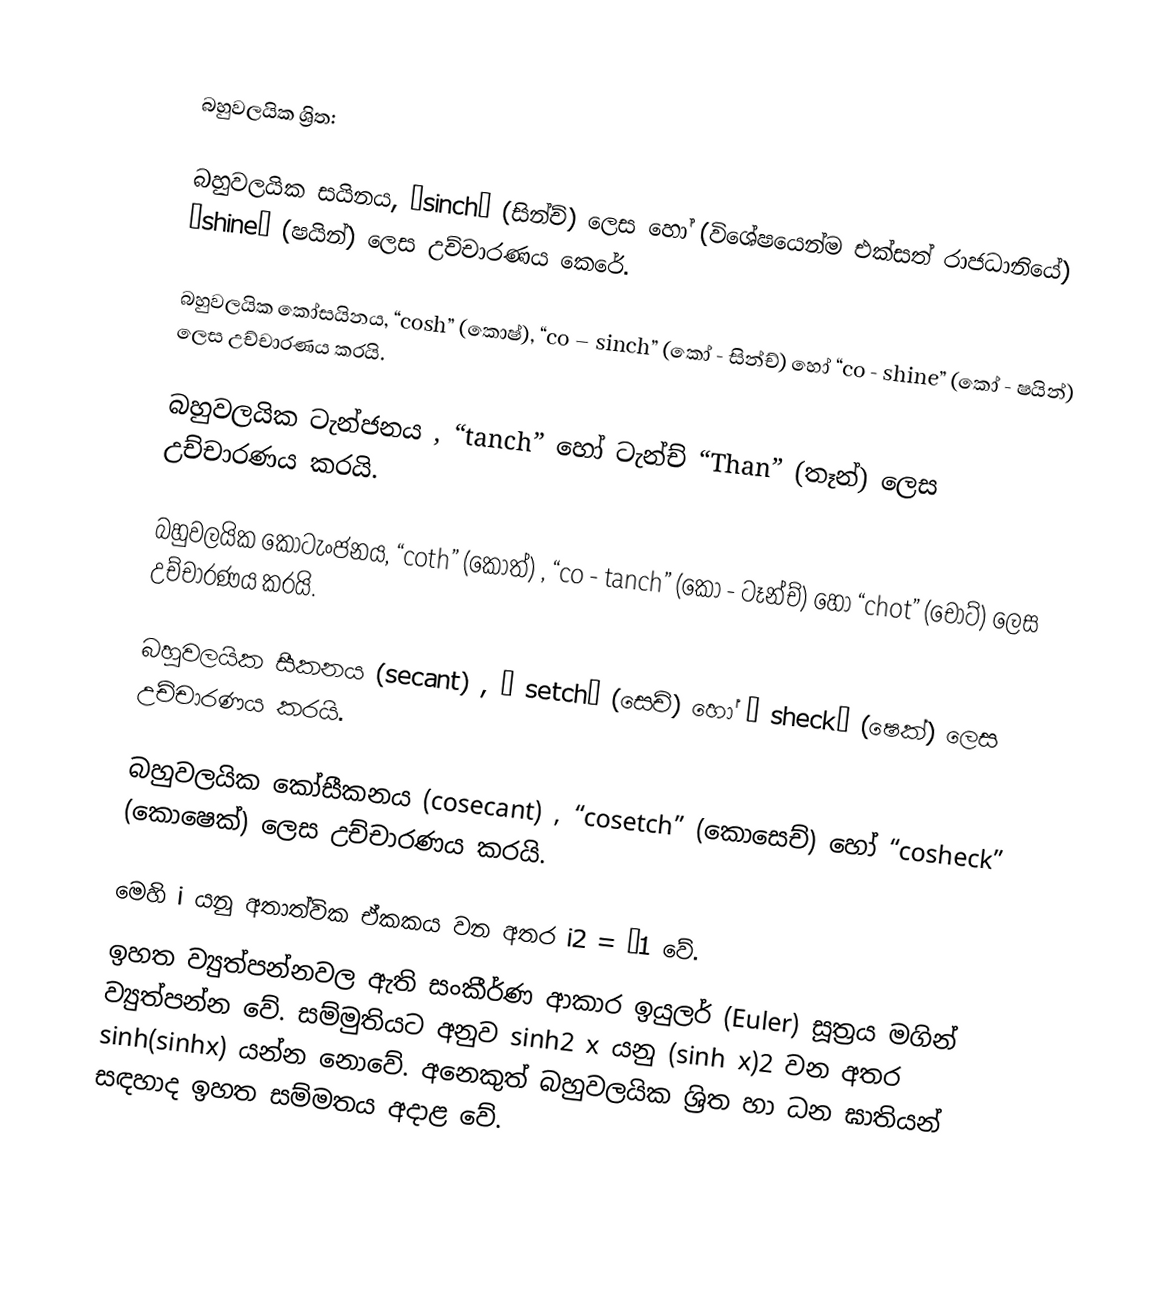

බහුවලයික ශ්‍රිත:

 බහුවලයික සයිනය, “sinch” (සින්ච්) ලෙස හෝ (විශේෂයෙන්ම එක්සත් රාජධානියේ) “shine”  (ෂයින්) ලෙස උච්චාරණය කෙරේ.

 බහුවලයික කෝසයිනය, “cosh” (කොෂ්), “co – sinch” (කෝ - සින්ච්) හෝ “co - shine” (කෝ - ෂයින්) ලෙස උච්චාරණය කරයි.

 බහුවලයික ටැන්ජනය , “tanch” හෝ ටැන්ච්  “Than” (තෑන්) ලෙස උච්චාරණය කරයි.

 බහුවලයික කෝටැංජනය, “coth” (කොත්) , “co - tanch” (කෝ - ටෑන්ච්) හෝ “chot” (චොට්) ලෙස උච්චාරණය කරයි.

 බහුවලයික සීකනය (secant) , “ setch” (සෙච්) හෝ “ sheck” (ෂෙක්) ලෙස උච්චාරණය කරයි.

 බහුවලයික කෝසීකනය  (cosecant) , “cosetch” (කොසෙච්) හෝ “cosheck” (කොෂෙක්) ලෙස උච්චාරණය කරයි‍‍‍‍.

මෙහි i යනු අතාත්වික ඒකකය වන අතර i2 = −1 වේ.
ඉහත ව්‍යුත්පන්නවල ඇති සංකීර්ණ ආකාර ඉයුලර් (Euler) සූත්‍රය මගින් ව්‍යුත්පන්න වේ. සම්මුතියට අනුව sinh2 x යනු (sinh x)2 වන අතර sinh(sinhx) යන්න නොවේ. අනෙකුත් බහුවලයික ශ්‍රිත හා ධන ඝාතියන් සඳහාද ඉහත සම්මතය අදාළ වේ.